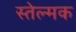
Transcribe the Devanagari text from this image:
स्तेल्मक